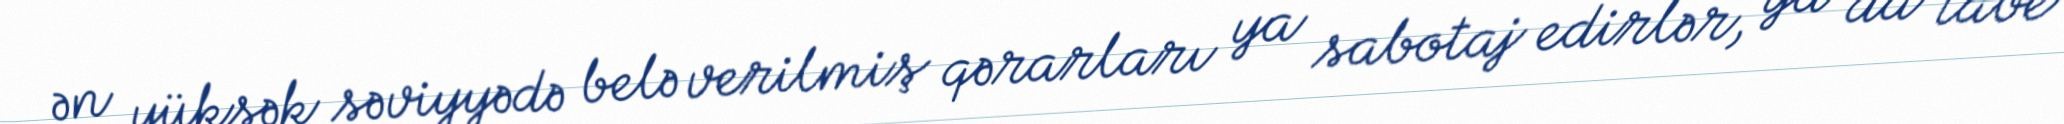
ən yüksək səviyyədə belə verilmiş qərarları ya sabotaj edirlər, ya da tabe